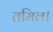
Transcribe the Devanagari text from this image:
तमिल।